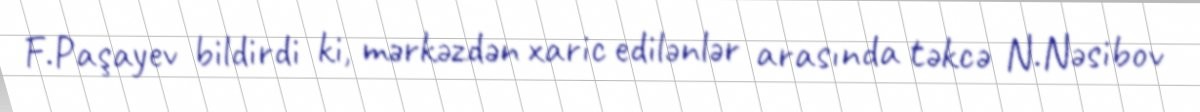
F.Paşayev bildirdi ki, mərkəzdən xaric edilənlər arasında təkcə N.Nəsibov